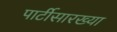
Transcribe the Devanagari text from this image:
पार्टीसारख्या